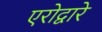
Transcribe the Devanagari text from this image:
एरोद्वारे